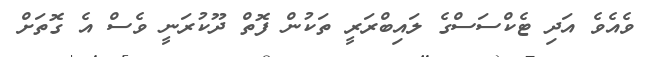
ވެއެވެ އަދި ޓެކްސަސްގެ ލައިބްރަރީ ތަކުން ފޮތް ދޫކުރަނީ ވެސް އެ ގޮތަށް